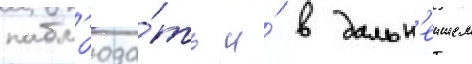
набл'юда́ть и́ в дальн'еишем